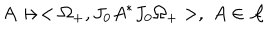
A \mapsto < \Omega _ { + } , J _ { 0 } A ^ { \ast } J _ { 0 } \Omega _ { + } > , \, \, A \in \mathcal { A }